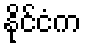
နိုင်ငံက